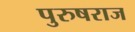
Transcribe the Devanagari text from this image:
पुरुषराज